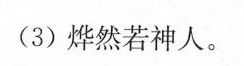
(3) 烨然若神人